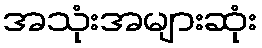
အသုံးအများဆုံး